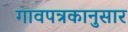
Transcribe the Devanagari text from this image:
गावपत्रकानुसार